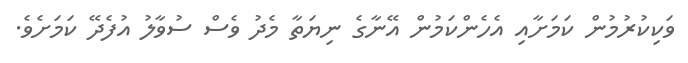
ވަކިކުރުމުން ކަމަށާއި އެހެންކަމުން އޭނާގެ ނިޔަތާ މެދު ވެސް ސުވާލު އުފެދޭ ކަމަށެވެ.